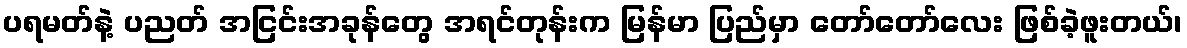
ပရမတ်နဲ့ ပညတ် အငြင်းအခုန်တွေ အရင်တုန်းက မြန်မာ ပြည်မှာ တော်တော်လေး ဖြစ်ခဲ့ဖူးတယ်၊